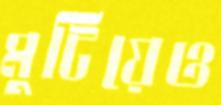
মুটিয়েও